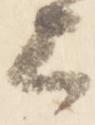
上